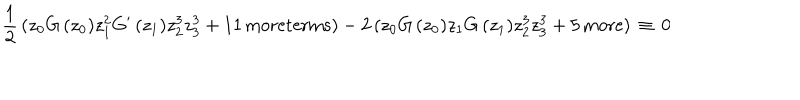
LaTeX: \frac { 1 } { 2 } \, ( z _ { 0 } G \, ( z _ { 0 } ) z _ { 1 } ^ { 2 } G ^ { \prime } \, ( z _ { 1 } ) z _ { 2 } ^ { 3 } z _ { 3 } ^ { 3 } + 1 1 \, \mathrm { m o r e t e r m s } ) - 2 \, ( z _ { 0 } G \, ( z _ { 0 } ) z _ { 1 } G \, ( z _ { 1 } ) z _ { 2 } ^ { 3 } z _ { 3 } ^ { 3 } + 5 \, \mathrm { m o r e } ) \, \equiv \, 0